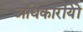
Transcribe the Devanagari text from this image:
अधिकारयिों